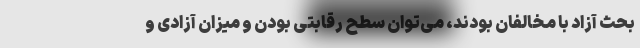
بحث آزاد با مخالفان بودند، می‌توان سطح رقابتی بودن و میزان آزادی و